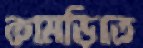
কামড়িতে